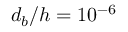
d _ { b } / h = 1 0 ^ { - 6 }